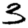
Digit: 3